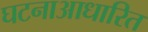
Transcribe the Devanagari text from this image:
घटनाआधारित